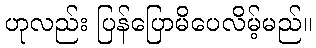
ဟုလည်း ပြန်ပြောမိပေလိမ့်မည်။